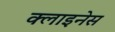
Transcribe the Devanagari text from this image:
क्लाइनेस